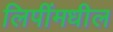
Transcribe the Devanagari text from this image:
लिपींमधील